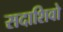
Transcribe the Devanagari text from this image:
सदाशिवो